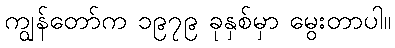
ကျွန်တော်က ၁၉၇၉ ခုနှစ်မှာ မွေးတာပါ။